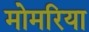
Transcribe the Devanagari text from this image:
मोमरिया